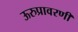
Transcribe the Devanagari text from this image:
ऊरुप्रावरणी